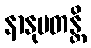
နာနုပတန္တိ